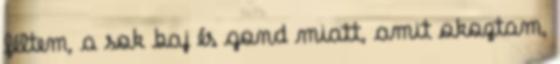
féltem, a sok baj és gond miatt, amit okoztam,